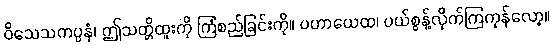
ဝိသေသကပ္ပနံ၊ ဤသတ္တိထူးကို ကြံစည်ခြင်းကို။ ပဟာယေထ၊ ပယ်စွန့်လိုက်ကြကုန်လော့။